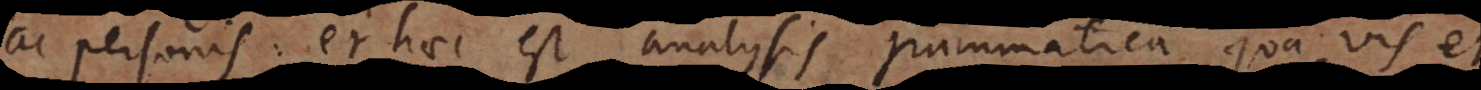
ac personis: et haec est analysis grammatica, qua vis e